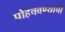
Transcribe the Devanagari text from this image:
पोहचवण्याची